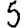
Digit: 5